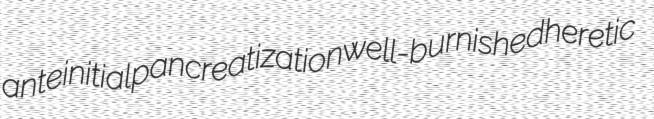
anteinitial pancreatization well-burnished heretic